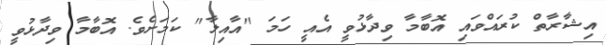
އިޝާރާތް ކުރައްވައި އޮބާމާ ވިދާޅުވީ އެއީ ހަމަ "އާއިލާ" ކަމަށެވެ. އޮބާމާ ވިދާޅުވީ